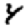
Digit: 4